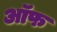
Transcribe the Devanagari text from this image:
ऑॅफ